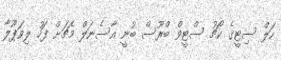
ހަލް ސިޓީގެ ކޯޗު ސްޓީވް ބްރޫސް ބުނީ އާސެނަލް މެޗަށް ފަހު ލިވަޕޫލާ